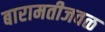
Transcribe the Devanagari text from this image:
बारामतीजवळ